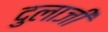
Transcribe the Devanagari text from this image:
दुलाजी